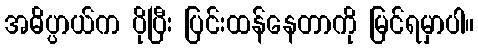
အဓိပ္ပာယ်က ပိုပြီး ပြင်းထန်နေတာကို မြင်ရမှာပါ။